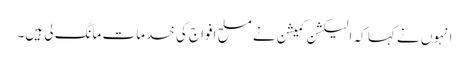
انہوں نے کہا کہ الیکشن کمیشن نے مسلح افواج کی خدمات مانگ لی ہیں۔